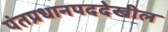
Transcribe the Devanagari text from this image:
पंतप्रधानपददेखील